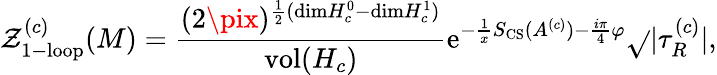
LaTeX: \mathcal{Z}_{\mathrm{{1-loop}}}^{(c)}(M)={\frac{{(2\pix)^{{\frac{{1}}{{2}}}(\mathrm{{dim}}H_{c}^{0}-\mathrm{{dim}}H_{c}^{1})}}}{{\mathrm{{vol}}(H_{c})}}}\mathrm{{e}}^{-{\frac{{1}}{{x}}}S_{\mathrm{{CS}}}(A^{(c)})-{\frac{{i\pi}}{{4}}}\varphi}{\sqrt{}{{|\tau_{R}^{(c)}|}}},